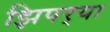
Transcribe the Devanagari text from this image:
झिपर्‍या